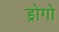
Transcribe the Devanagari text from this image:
ड्रोगो